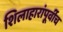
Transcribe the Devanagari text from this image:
शिलाहारांपूर्वीच